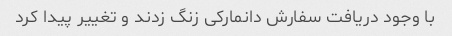
با وجود دریافت سفارش دانمارکی زنگ زدند و تغییر پیدا کرد